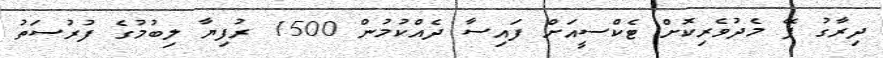
ދިރާގު ޕޭ މެދުވެރިކޮށް ޓެކްސީއަށް ފައިސާ ދެއްކުމުން 1500 ރުފިޔާ ލިބުމުގެ ފުރުސަތު